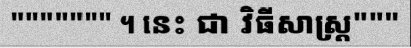
""""""" ។ នេះ ជា វិធីសាស្ត្រ"""